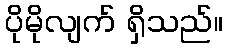
ပိုမိုလျက် ရှိသည်။